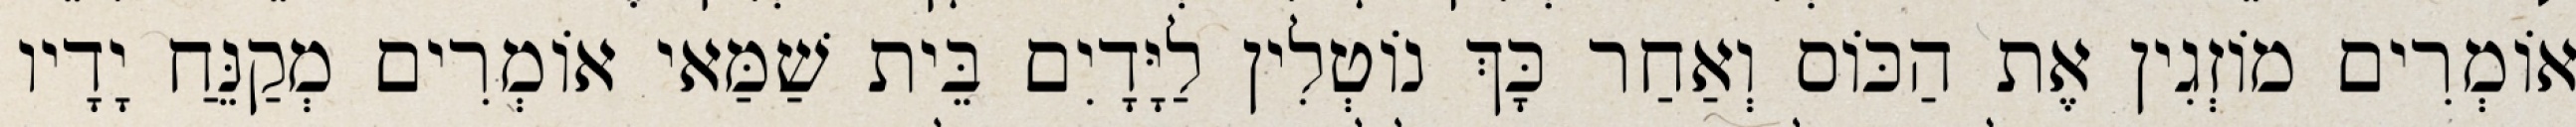
אוֹמְרִים מוֹזְגִין אֶת הַכּוֹס וְאַחַר כָּךְ נוֹטְלִין לַיָּדָיִם בֵּית שַׁמַּאי אוֹמְרִים מְקַנֵּחַ יָדָיו